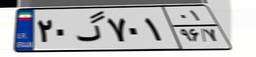
۷۰گ۳۹۴۹۴